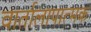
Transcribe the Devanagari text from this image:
वार्तालापात्मक